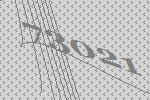
73021